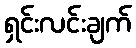
ရှင်းလင်းချက်